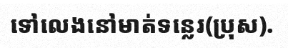
ទៅលេងនៅមាត់ទន្លេរ(ប្រុស).